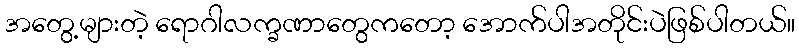
အတွေ့များတဲ့ ရောဂါလက္ခဏာတွေကတော့ အောက်ပါအတိုင်းပဲဖြစ်ပါတယ်။